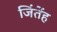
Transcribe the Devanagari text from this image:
जिंतेंह